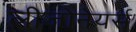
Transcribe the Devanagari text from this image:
लीजोनेयर्स